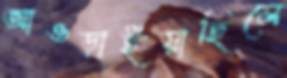
আওড়াইয়াছিলে